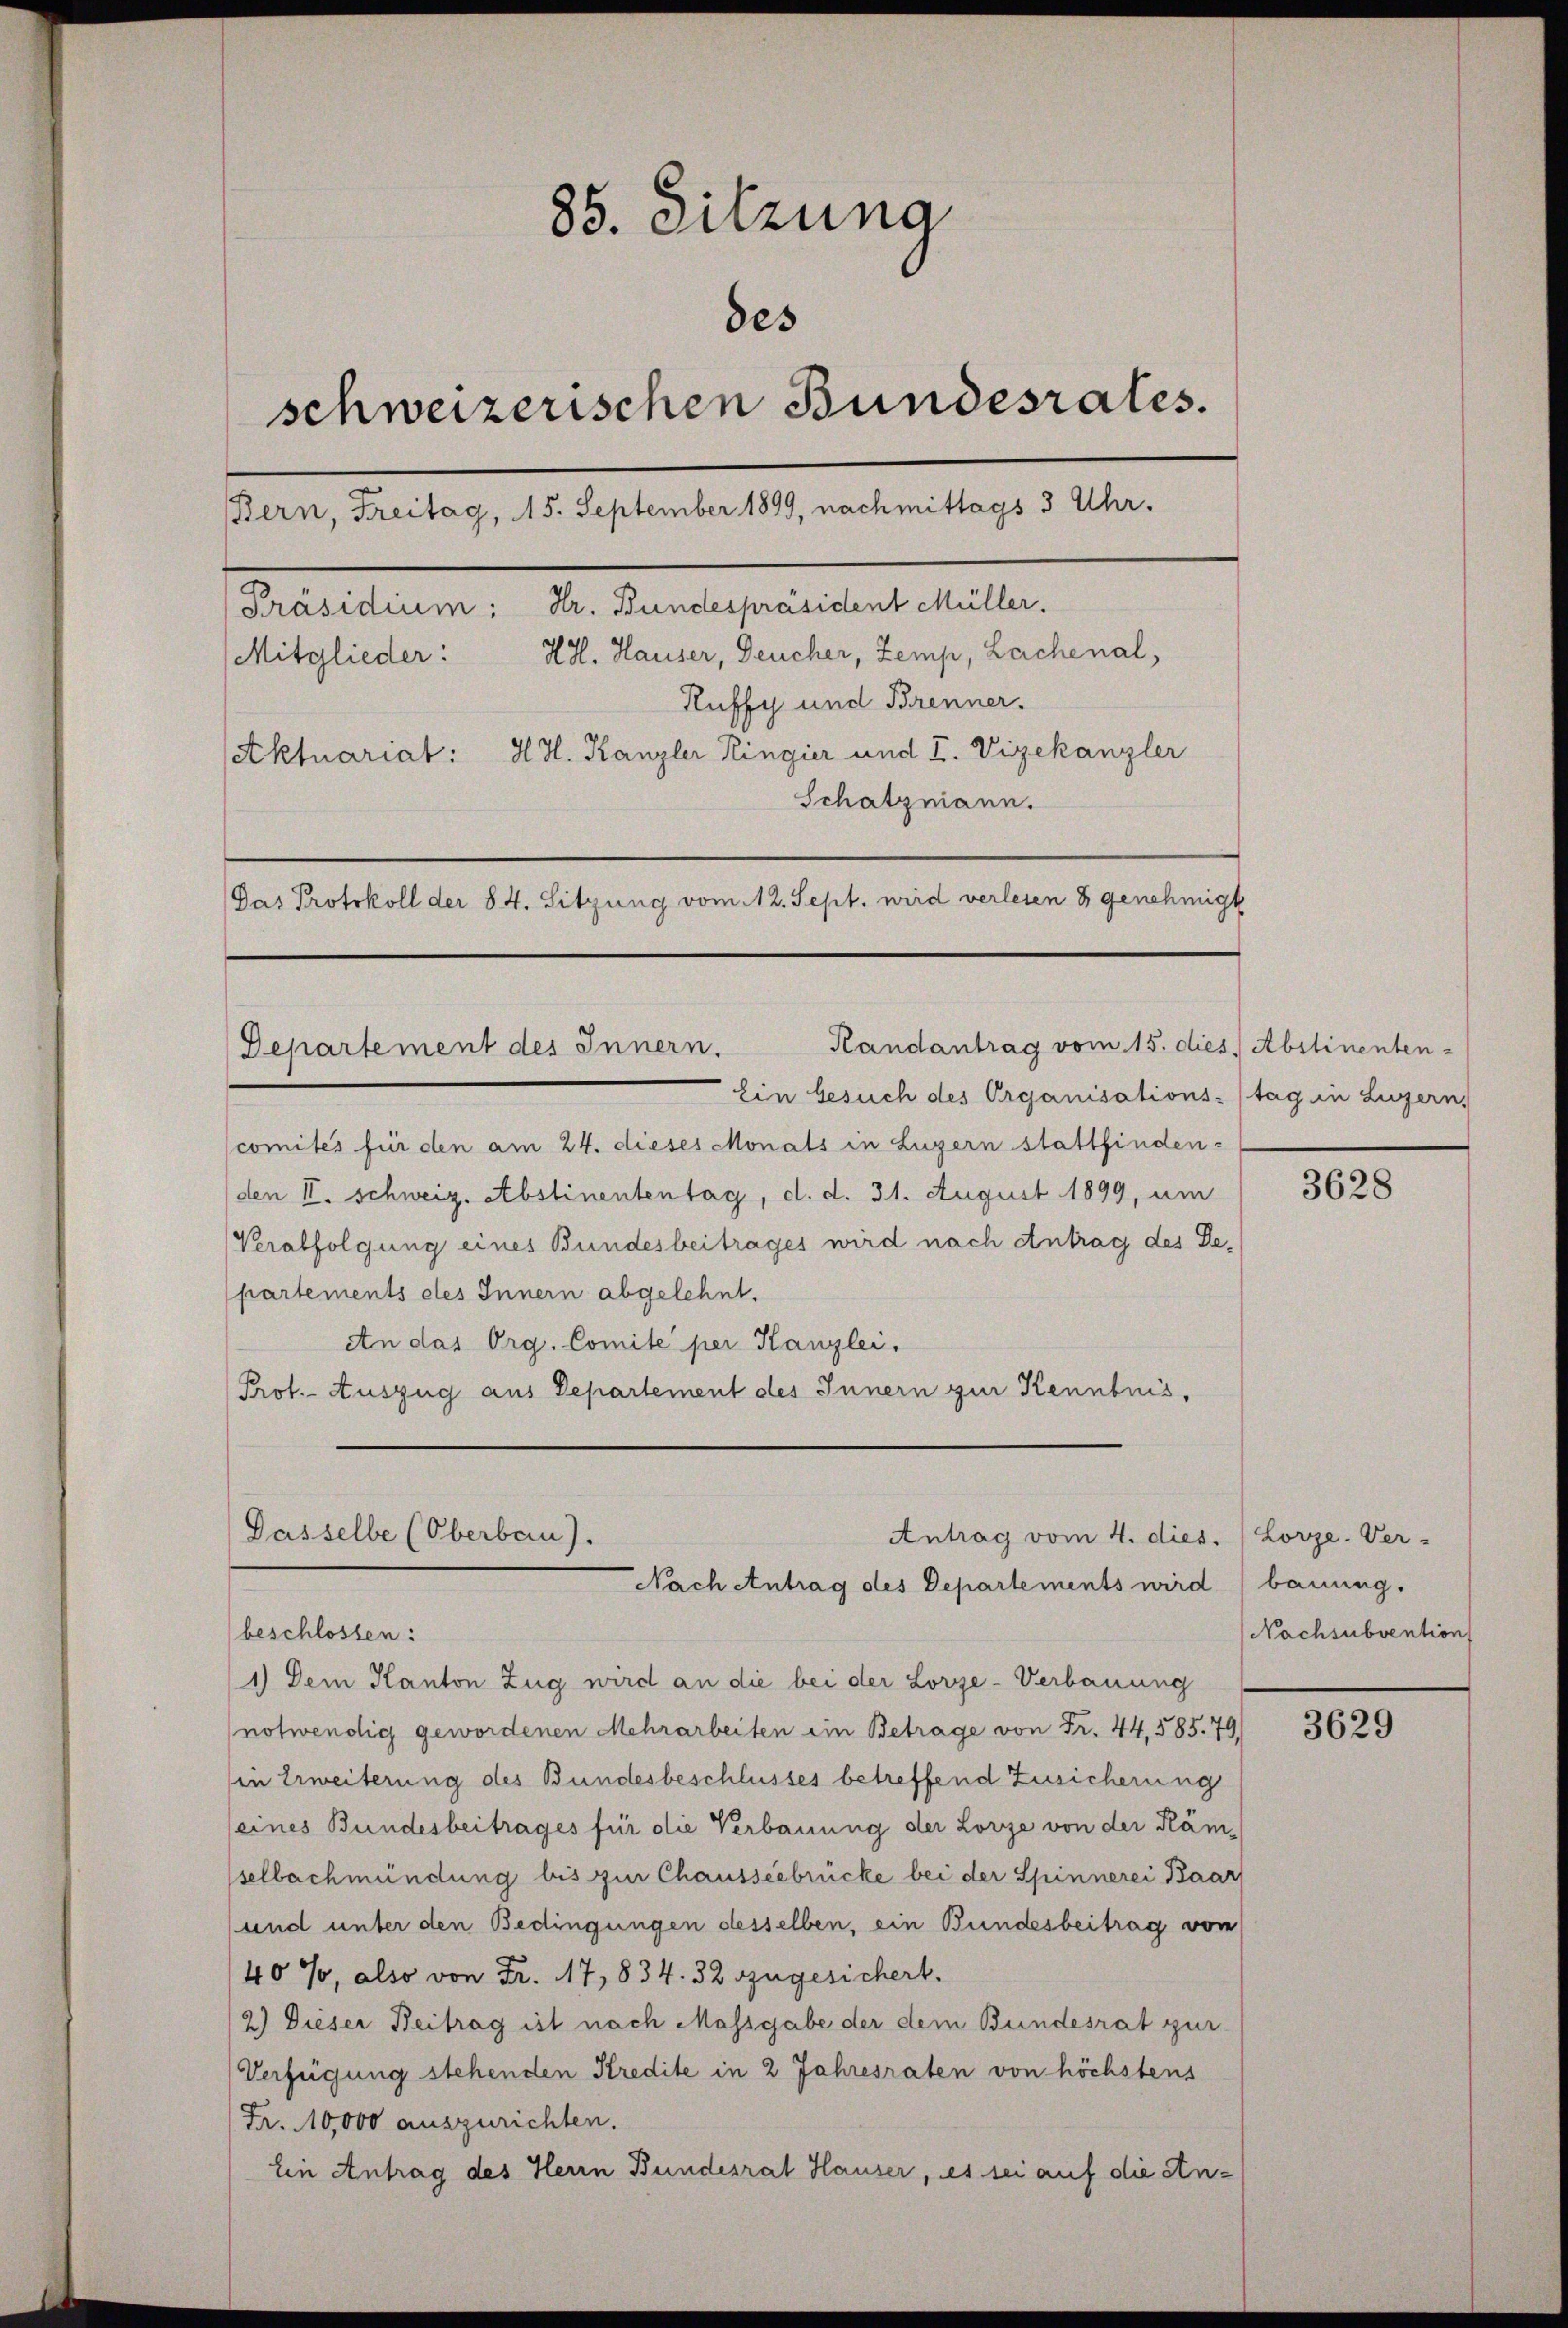
85. Sitzung
des
schweizerischen Bundesrates.
Bern, Freitag, 15. September 1899, nachmittags 3 Uhr.
Hr. Bundespräsident Müller.
Präsidium:
HH. Hauser, Deucher, Zemp, Lachenal,
Mitglieder:
Ruffy und Brenner.
H H. Kanzler Ringier und I. Vizekanzler
Aktuariat:
Schatzmann.
Pas Protokoll der 84. Sitzung vom 12. Sept. wird verlesen 8 genehmigt

Ein besuch des Organisations- (tag in Luzern,
comités für den am 24. dieses Monats in Luzern stattfinden-
den II. Schweiz. Abstinententag, d. d. 31. August 1899, um
Verabfolgung eines Bundesbeitrages wird nach Antrag des Departements des Innern abgelehnt.
An das Org. Comite per Kanzlei.
Prot. Auszug aus Departement des Innern zur Kenntnis,

Randantrag vom 15. dies. Abstinenten-
Departement des Innern.

Gasselbe (Oberbau).
Antrag vom 4. dies
Nach Antrag des Departements wird bauung.

beschlossen:
1) Dem Kanton Zug wird an die bei der Lorze-Verbauung
notwendig gewordenen Mehrarbeiten ein Betrage von Fr. 44. 585. 79)
in Erweiterung des Bundesbeschlusses betreffend Zusicherung
(eines Bundesbeitrages für die Verbauung der Lorze von der Kämselbach mündung bis zur Chausseebrücke bei der Spinnerei Baar
und unter den Bedingungen desselben, ein Bundesbeitrag vom
40%, also von Fr. 17, 834. 32 szugesichert.
2) Dieser Beitrag ist nach Massgabe der dem Bundesrat zur
Verfügung stehenden Kredite in 2 Jahresraten von höchstens
Fr. 10,000 auszurichten.
Ein Antrag des Herrn Bundesrat Hauser, es sei auf die An¬

3628

Lorze. Ver-
Nachsubvention

3629